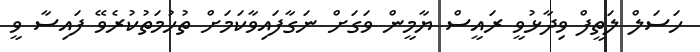
ހަސަލް ލަތީފް ވިދާޅުވީ ރައީސް ޔާމީން ވަގަށް ނަގާފައިވާކަމަށް ތުހުމަތުކުރެވޭ ފައިސާ ވީ